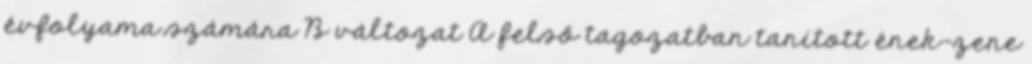
évfolyama számára B változat A felső tagozatban tanított ének-zene